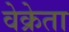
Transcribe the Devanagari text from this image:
वेक्रेता